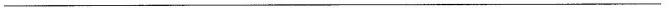
---